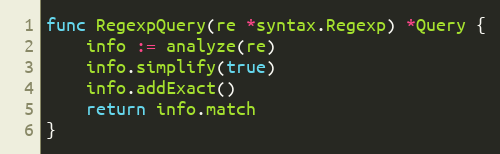
Language: Go
func RegexpQuery(re *syntax.Regexp) *Query {
	info := analyze(re)
	info.simplify(true)
	info.addExact()
	return info.match
}